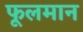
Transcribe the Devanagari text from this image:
फूलमान